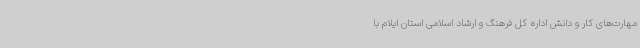
مهارت‌های کار و دانش اداره کل فرهنگ و ارشاد اسلامی استان ایلام با